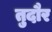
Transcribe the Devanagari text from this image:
तुदौर